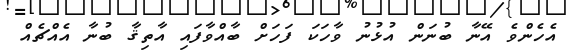
އެހެންވެ އޭނާ ބުނަން އުޅުނު ވާހަކަ ފަހަށް ބާއްވާފައި އާތިޤާ ބުނާ އެއްޗެއް